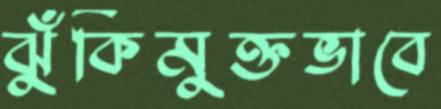
ঝুঁকিমুক্তভাবে